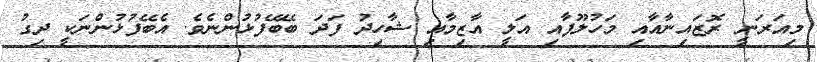
މިއަރަނީ ރޮޒައިނާއާއި މަހުލޫފާއި އަލީ އާޒިމާއި ޝާހިދު ފަދަ ބޭބޭފުޅުންނެވެ. އެބޭފުޅުންނަކީ ދިގު